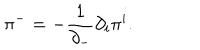
LaTeX: { \pi } ^ { - } = - \frac { 1 } { { \partial } _ { - } } { \partial } _ { i } { \pi } ^ { i } .